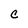
Character: C